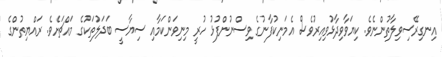
އިނގިރޭސިވިލާތުންނެވެ. ކިޔަވާވިދާޅުވިއިރުވެސް އެމަނިކުފާނުގެ ވިސްނުންފުޅު ހުރީ މިނިވަންކަމާއި ސިޔާސީ ބަދަލުތަކުގެ މައްޗަށެވެ. ރައްޔިތުންގެ